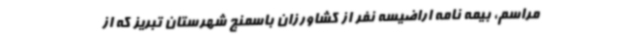
مراسم، بیمه نامه اراضیسه نفر از کشاورزان باسمنج شهرستان تبریز که از